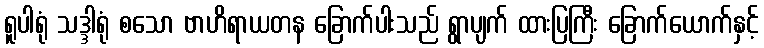
ရူပါရုံ သဒ္ဒါရုံ စသော ဗာဟိရာယတန ခြောက်ပါးသည် ရွာပျက် ထားပြကြီး ခြောက်ယောက်နှင့်